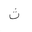
Letter: _tha